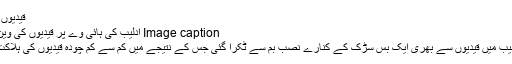
قیدیوں کی وین پر حملہ
Image caption ادلیب کی ہائی وے پر قیدیوں کی وین پر حملہ کیا گیا
اس کے علاوہ اِدلیب میں قیدیوں سے بھری ایک بس سڑک کے کنارے نصب بم سے ٹکرا گئی جس کے نتیجے میں کم سے کم چودہ قیدیوں کی ہلاکت کی اطلاع ملی۔